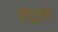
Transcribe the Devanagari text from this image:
रोटुमा